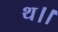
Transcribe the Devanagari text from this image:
थ।।